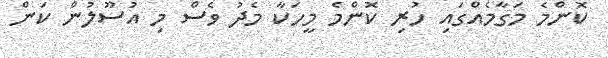
ކޮންމެ މަގާމެއްގައި ހުރި ކޮންމެ މީހަކާ މެދު ވެސް މި އުސޫލުން ކަން